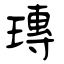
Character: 瑼